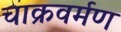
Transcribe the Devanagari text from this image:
चाक्रवर्मण